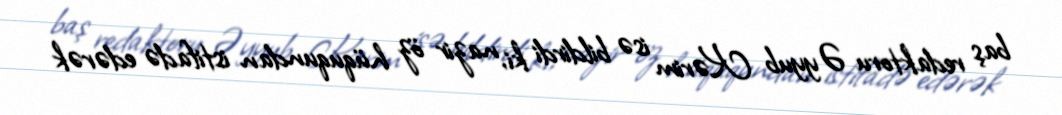
baş redaktoru Əyyub Kərim isə bildirdi ki, nazir öz hüququndan istifadə edərək